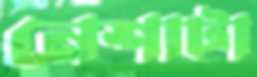
নেশাটা